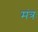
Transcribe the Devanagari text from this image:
मंत्रः